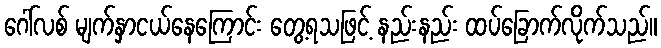
ဂေါ်လစ် မျက်နှာငယ်နေကြောင်း တွေ့ရသဖြင့် နည်းနည်း ထပ်ခြောက်လိုက်သည်။